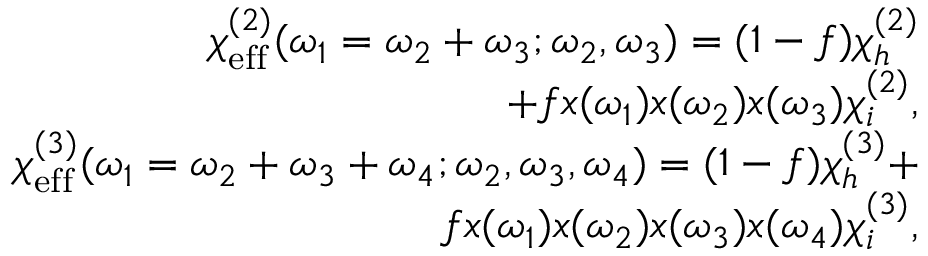
\begin{array} { r l r } & { } & { \chi _ { \mathrm { e f f } } ^ { ( 2 ) } ( \omega _ { 1 } = \omega _ { 2 } + \omega _ { 3 } ; \omega _ { 2 } , \omega _ { 3 } ) = ( 1 - f ) \chi _ { h } ^ { ( 2 ) } } \\ & { } & { + f x ( \omega _ { 1 } ) x ( \omega _ { 2 } ) x ( \omega _ { 3 } ) \chi _ { i } ^ { ( 2 ) } , } \\ & { } & { \chi _ { \mathrm { e f f } } ^ { ( 3 ) } ( \omega _ { 1 } = \omega _ { 2 } + \omega _ { 3 } + \omega _ { 4 } ; \omega _ { 2 } , \omega _ { 3 } , \omega _ { 4 } ) = ( 1 - f ) \chi _ { h } ^ { ( 3 ) } + } \\ & { } & { f x ( \omega _ { 1 } ) x ( \omega _ { 2 } ) x ( \omega _ { 3 } ) x ( \omega _ { 4 } ) \chi _ { i } ^ { ( 3 ) } , } \end{array}